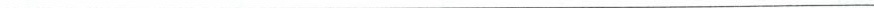
___